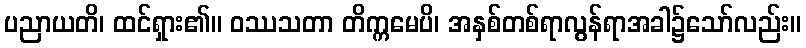
ပညာယတိ၊ ထင်ရှား၏။ ဝဿသတာ တိက္ကမေပိ၊ အနှစ်တစ်ရာလွန်ရာအခါ၌သော်လည်း။